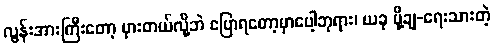
လွန်းအားကြီးတော့ မှားတယ်လို့ဘဲ ပြောရတော့မှာပေါ့ဘုရား၊ ယခု ပို့ချ-ရေးသားတဲ့